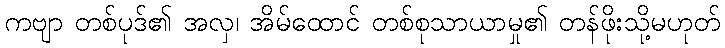
ကဗျာ တစ်ပုဒ်၏ အလှ၊ အိမ်ထောင် တစ်စုသာယာမှု၏ တန်ဖိုးသို့မဟုတ်